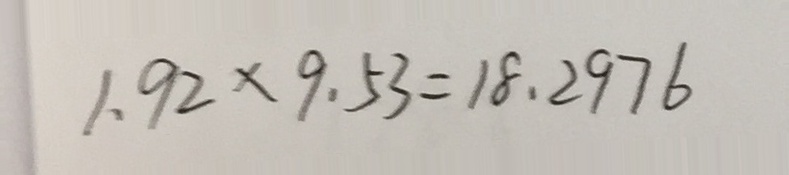
1 . 9 2 \times 9 . 5 3 = 1 8 . 2 9 7 6